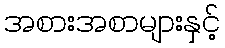
အစားအစာများနှင့်